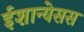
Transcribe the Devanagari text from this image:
ईशान्येसस